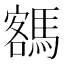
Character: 𩤩